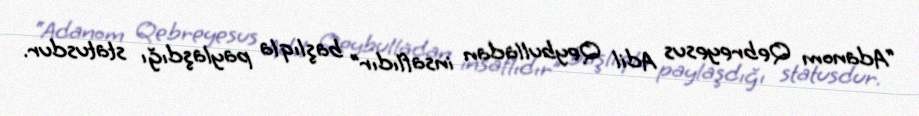
“Adanom Qebreyesus Adil Qeybulladan insaflıdır” başlıqla paylaşdığı statusdur.